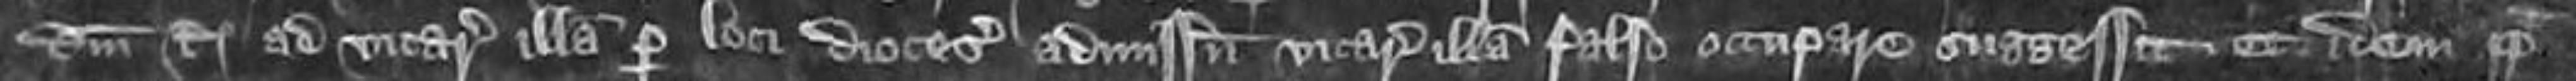
domini Regis ad vicariam illam per loci diocesanum admissum vicaria illa falso occupare suggessit et idem papa